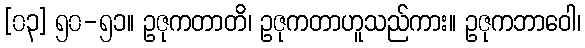
[၀၃] ၅၀-၅၁။ ဥဇုကတာတိ၊ ဥဇုကတာဟူသည်ကား။ ဥဇုကဘာဝေါ၊